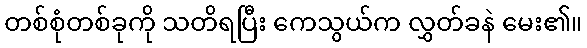
တစ်စုံတစ်ခုကို သတိရပြီး ကေသွယ်က လွှတ်ခနဲ မေး၏။